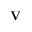
\mathbf { V }